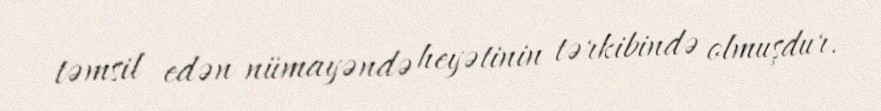
təmsil edən nümayəndə heyətinin tərkibində olmuşdur.